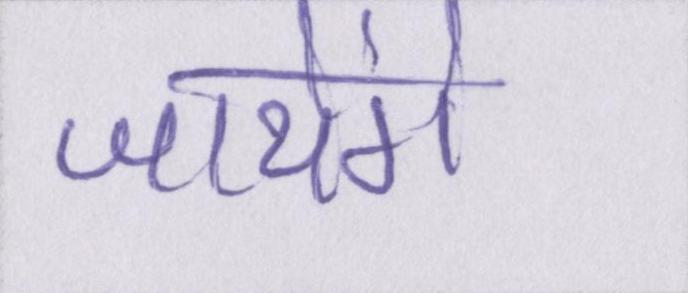
जायेंगे